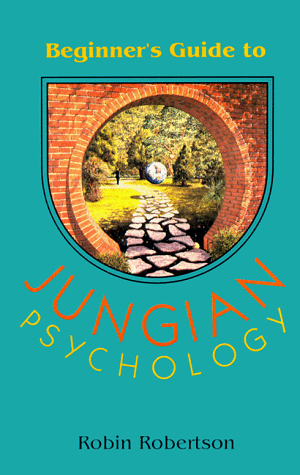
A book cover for The Beginner's Guide to Jungian Psychology; Robin Robertson; Health, Fitness & Dieting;